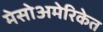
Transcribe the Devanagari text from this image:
मेसोअमेरिकेत